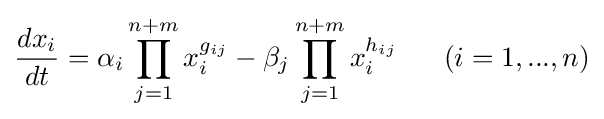
{\frac {dx_{i}}{dt}}=\alpha _{i}\prod _{j=1}^{n+m}x_{i}^{g_{ij}}-\beta _{j}\prod _{j=1}^{n+m}x_{i}^{h_{ij}}~~~~~(i=1,...,n)